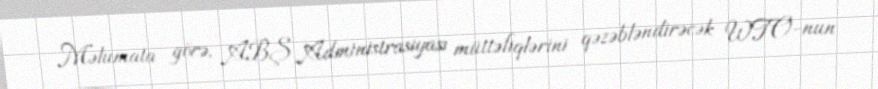
Məlumata görə, ABŞ Administrasiyası müttəfiqlərini qəzəbləndirəcək WTO-nun